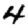
Digit: 4